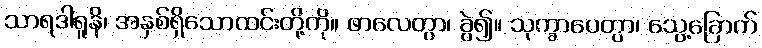
သာရဒါရူနိ၊ အနှစ်ရှိသောထင်းတို့ကို။ ဖာလေတွာ၊ ခွဲ၍။ သုက္ခာပေတွာ၊ သွေ့ခြောက်